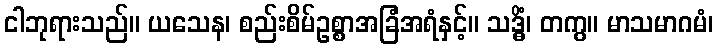
ငါဘုရားသည်။ ယသေန၊ စည်းစိမ်ဥစ္စာအခြံအရံနှင့်။ သဒ္ဓိံ၊ တကွ။ မာသမာဂမံ၊